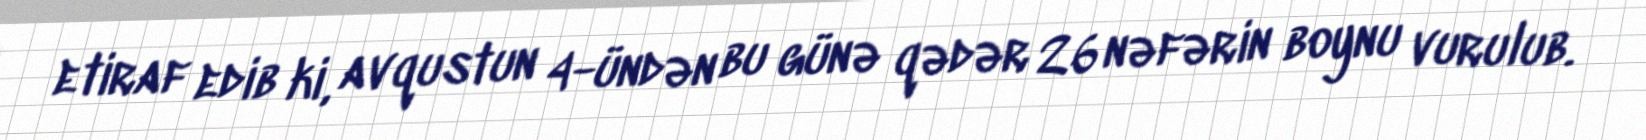
etiraf edib ki, avqustun 4-ündən bu günə qədər 26 nəfərin boynu vurulub.